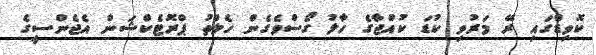
ކޮވިޑްގައި ރޭ މަރުވި ކުޑަ ކުއްޖާގެ ހާލު ގޯސްވެގެން ހެލްތު ޕްރޮޓެކްޝަން އެޖެންސީގެ